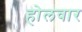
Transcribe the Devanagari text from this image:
होलवार